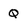
Character: Q